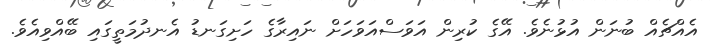
އެއްޗެއް ބުނަން އުޅުނެވެ. އޭގެ ކުރިން އަވަސްއަވަހަށް ނައިރާގެ ހަށިގަނޑު އެނދުމަތީގައި ބޭއްވިއެވެ.